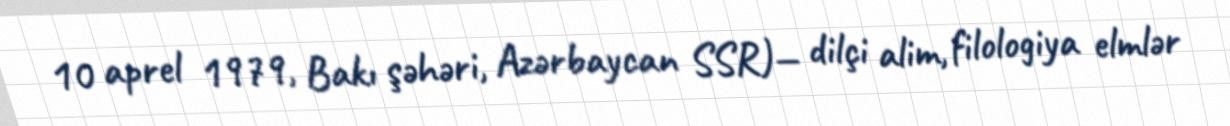
10 aprel 1979, Bakı şəhəri, Azərbaycan SSR)— dilçi alim, filologiya elmlər